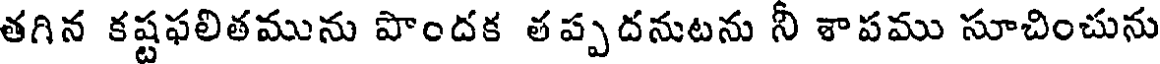
తగిన కష్టఫలితమును పొందక తప్పదనుటను నీ శాపము సూచించును